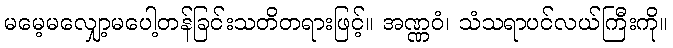
မမေ့မလျှော့မပေါ့တန်ခြင်းသတိတရားဖြင့်။ အဏ္ဏဝံ၊ သံသရာပင်လယ်ကြီးကို။